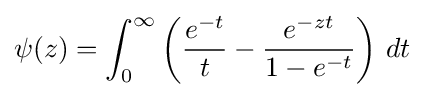
\psi (z)=\int _{0}^{\infty }\left({\frac {e^{-t}}{t}}-{\frac {e^{-zt}}{1-e^{-t}}}\right)\,dt